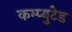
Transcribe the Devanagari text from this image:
कम्प्युटेड